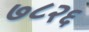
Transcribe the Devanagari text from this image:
७८२६